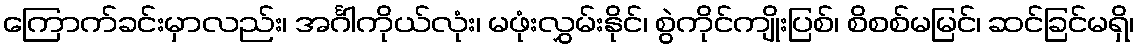
ကြောက်ခင်းမှာလည်း၊ အင်္ဂါကိုယ်လုံး၊ မဖုံးလွှမ်းနိုင်၊ စွဲကိုင်ကျိုးပြစ်၊ စိစစ်မမြင်၊ ဆင်ခြင်မရှိ၊